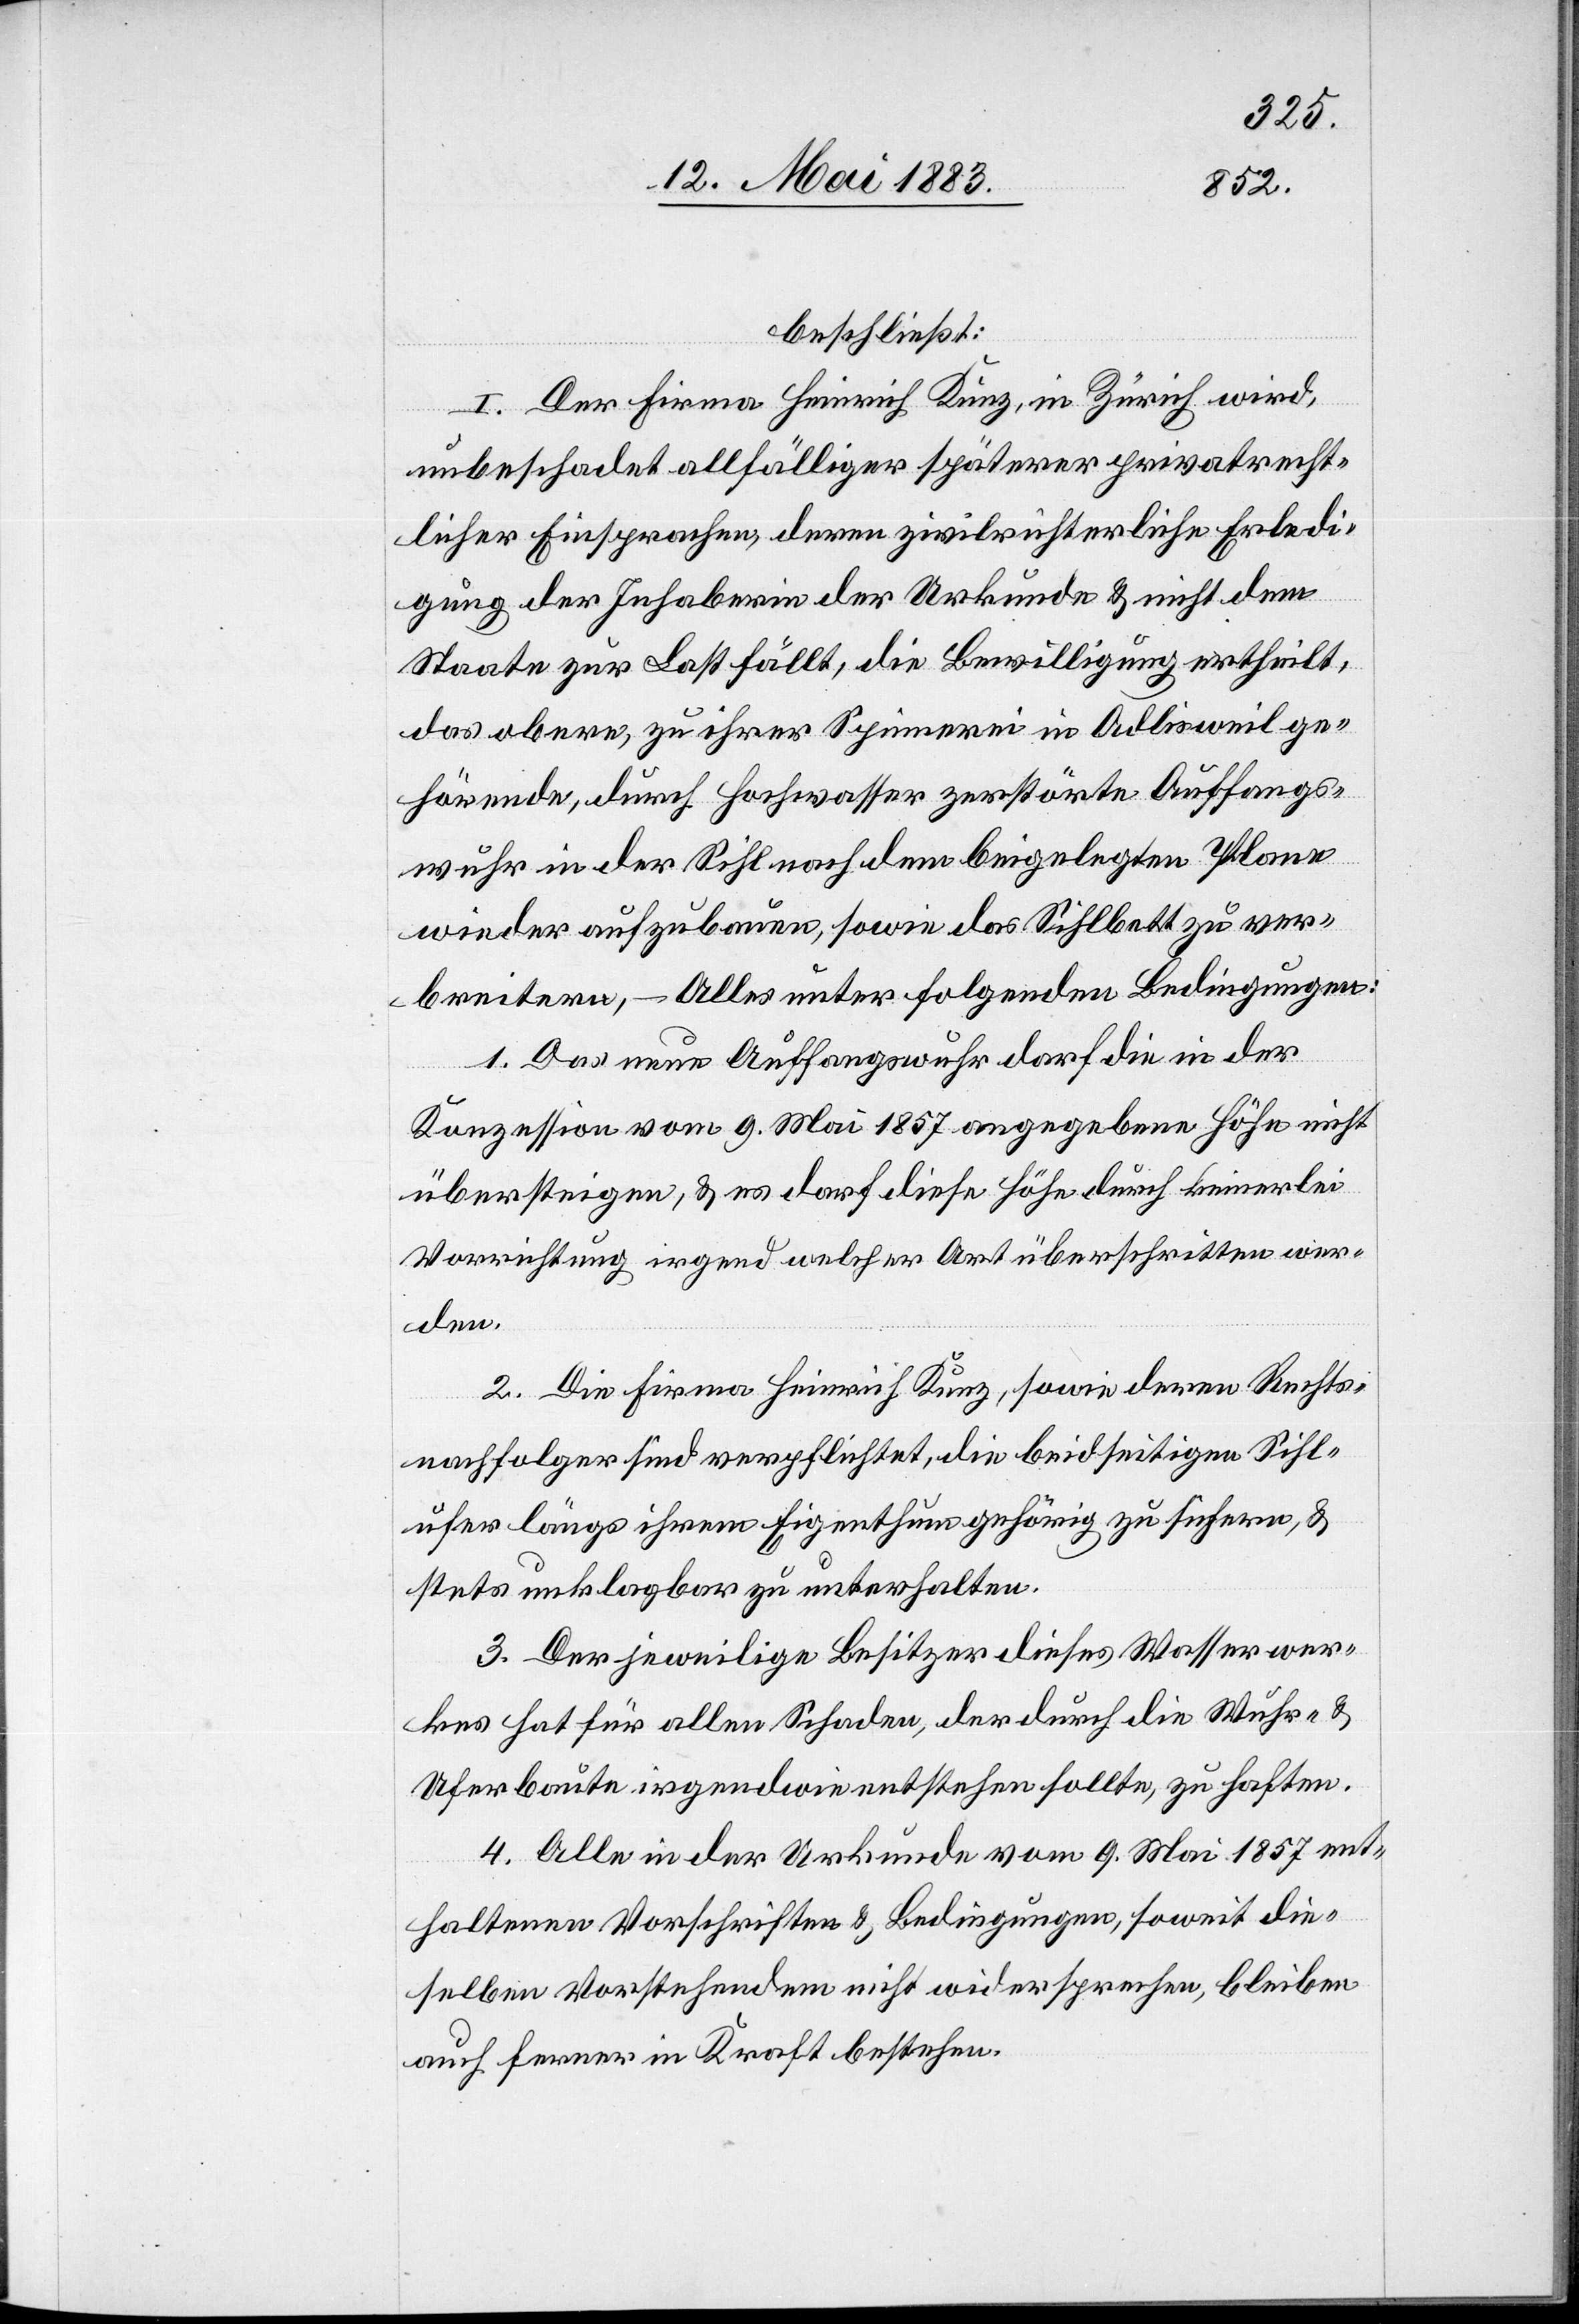
beschließt:
I. Der Firma Heinrich Kunz, in Zürich wird,
unbeschadet allfälliger späterer privatrecht¬
licher Einsprachen, deren zivilrichterliche Erledi¬
gung der Inhaberin der Urkunde & nicht dem
Staate zur Last fällt, die Bewilligung ertheilt,
das obere, zu ihrer Spinnerei in Adlisweil ge¬
hörende, durch Hochwasser zerstörte Auffangs¬
wuhr in der Sihl nach dem beigelegten Plane
wieder aufzubauen, sowie das Sihlbett zu ver¬
breitern, – Alles unter folgenden Bedingungen:
1. Das neue Auffangswuhr darf die in der
Konzession vom 9. Mai 1857 angegebene Höhe nicht
übersteigen, & es darf diese Höhe durch keinerlei
Vorrichtung irgend welcher Art überschritten wer¬
den.
2. Die Firma Heinrich Kunz, sowie deren Rechts¬
nachfolger sind verpflichtet, die beidseitigen Sihl¬
ufer längs ihrem Eigenthum gehörig zu sichern, &
stets unklagbar zu unterhalten.
3. Der jeweilige Besitzer dieses Wasserwer¬
kes hat für allen Schaden, der durch die Wuhr- &
Uferbaute irgendwie entstehen sollte, zu haften.
4. Alle in der Urkunde vom 9. Mai 1857 ent¬
haltenen Vorschriften & Bedingungen, soweit die¬
selben Vorstehendem nicht widersprechen, bleiben
auch ferner in Kraft bestehen.